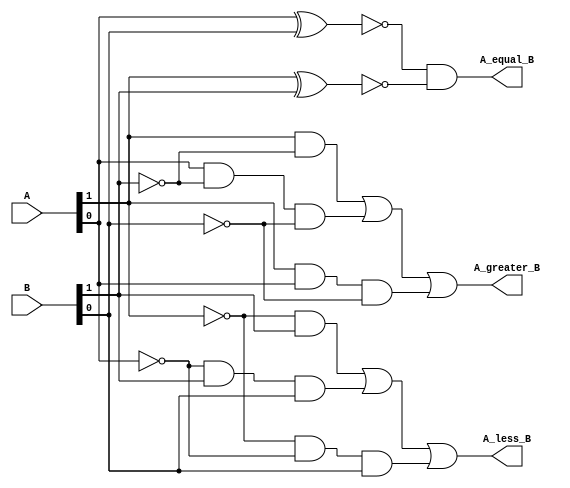
module Comperator(A,B,A_greater_B,A_equal_B,A_less_B);

input [1:0] A,B;
output A_greater_B,A_equal_B,A_less_B;

assign A_greater_B=((A[1]&~B[1])|(A[0]&~B[1]&~B[0])|(A[1]&A[0]&~B[0]));
assign A_equal_B=(~(A[0]^B[0])&~(A[1]^B[1]));
assign A_less_B=((~A[1]&B[1])|(~A[0]&B[1]&B[0])|(~A[1]&~A[0]&B[0]));



endmodule